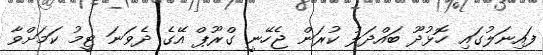
ފައިނަލުގައި ހޮޅުދޫ ބައްދަލު ކުރަން ޖެހޭނީ ގްރޫޕް އޭގެ ދެވަނަ ޓީމު ކަމަށްވާ